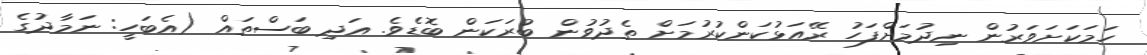
ހަމަކަށަވަރުން ނިދުމަށްފަހު ރޭއަޅުކަންކުރުމަށް ތެދުވުން ބުރަކަން ބޮޑެވެ. އަދި ބަސްތައް (އެބަހީ: ނަމާދުގެ